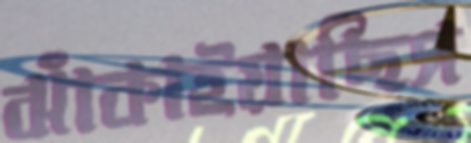
ঝাঁকাইয়াছিস